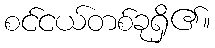
စင်ငယ်တစ်ခုရှိ၏။